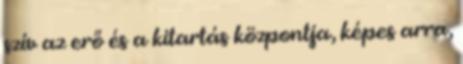
szív az erő és a kitartás központja, képes arra,